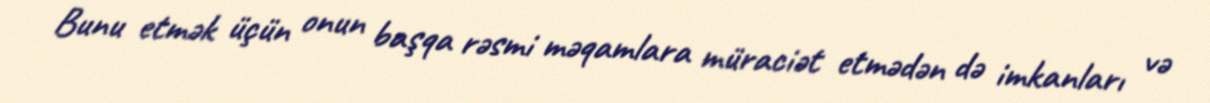
Bunu etmək üçün onun başqa rəsmi məqamlara müraciət etmədən də imkanları və